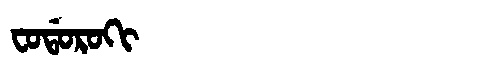
Manchu: ᠸᠣᡩᠣᡵᠣᡴᡳ
Romanization: FODOROKI